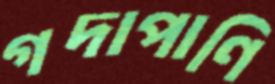
গদাপাণি